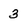
Character: 3